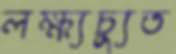
লক্ষ্যচ্যুত